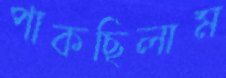
পাকছিলাম